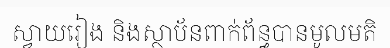
ស្វាយរៀង និងស្ថាប័នពាក់ព័ន្ធបានមូលមតិ